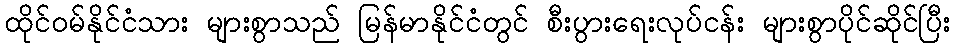
ထိုင်ဝမ်နိုင်ငံသား များစွာသည် မြန်မာနိုင်ငံတွင် စီးပွားရေးလုပ်ငန်း များစွာပိုင်ဆိုင်ပြီး